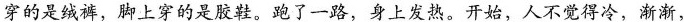
穿的是绒裤，脚上穿的是胶鞋。跑了一路，身上发热。开始，人不觉得冷，渐渐，